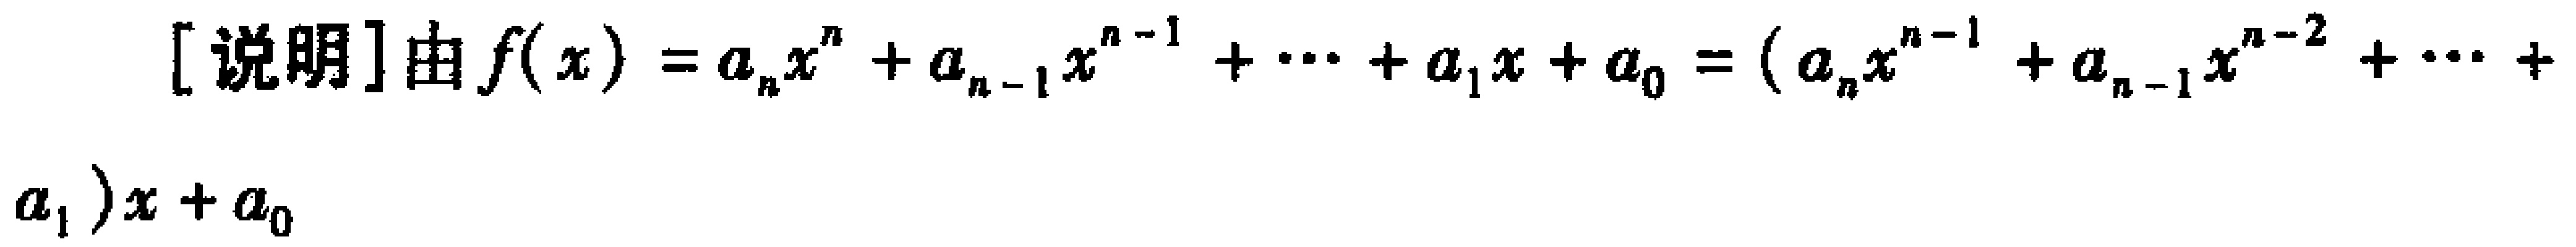
产生了添线和证明的几种不同的

可能情况：